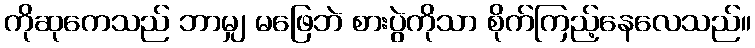
ကိုဆုကေသည် ဘာမျှ မဖြေဘဲ စားပွဲကိုသာ စိုက်ကြည့်နေလေသည်။